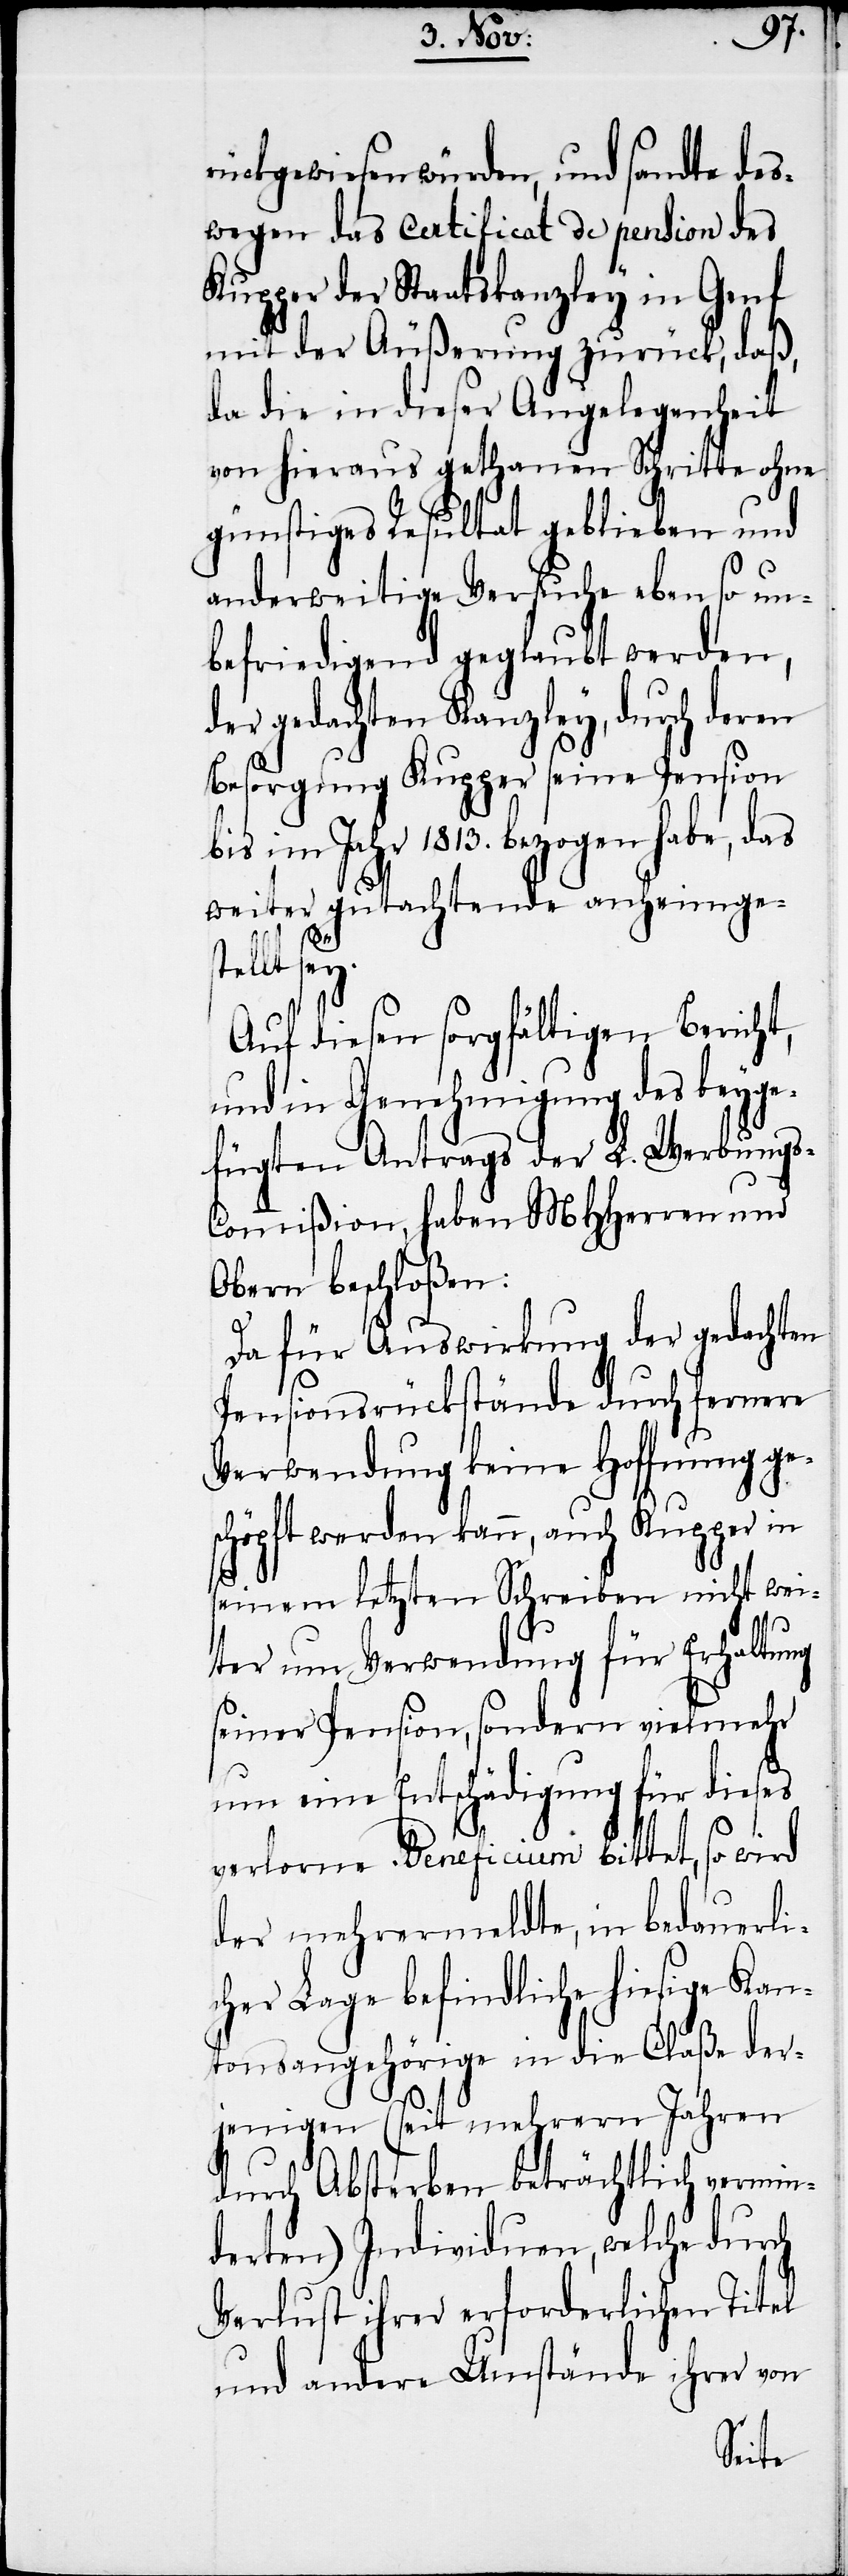
rückgewiesen würden, und sandte des¬
wegen das certificat de pension des
Kupper der Staatskanzley in Genf
mit der Äußerung zurück, daß,
da die in dieser Angelegenheit
von hieraus gethanen Schritte ohne
günstiges Resultat geblieben und
anderweitige Versuche ebenso un¬
befriedigend geglaubt werden,
gedachten Kanzley, durch deren
Besorgung Kupper seine Pension
im Jahr 1813. bezogen habe, das
weiter gutachtende anheimge¬
gs-C¬
Auf diesen sorgfältigen Berich¬
und in Genehmigung des beyge¬
fügten Antrages der L. Werbun¬
ommißion, haben MHHerren und
Obern beschloßen:
Da für Auswirkung der gedacht¬
Pensionsrückstände durch fernere
Verwendung keine Hoffnung ge¬
schöpft werden kann, auch Kupper in
seinem letzten Schreiben nicht wei¬
ter um Verwendung für Erhaltung
seiner Pension, sondern vielmehr
um eine Entschädigung für dieses
verlorne Beneficium bittet, so wird
der mehrermeldte, in bedauerli¬
cher Lage befindliche hiesige Kan¬
tonsangehörige in die Claße der¬
jenigen (seit mehrern Jahren
durch Absterben beträchtlich vermin¬
derten) Individuen, welche durch
Verlust ihrer erforderlichen Titel
und andere Umstände ihrer von
en